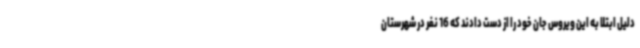
دلیل ابتلا به این ویروس جان خود را از دست دادند که 16 نفر در شهرستان